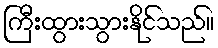
ကြီးထွားသွားနိုင်သည်။